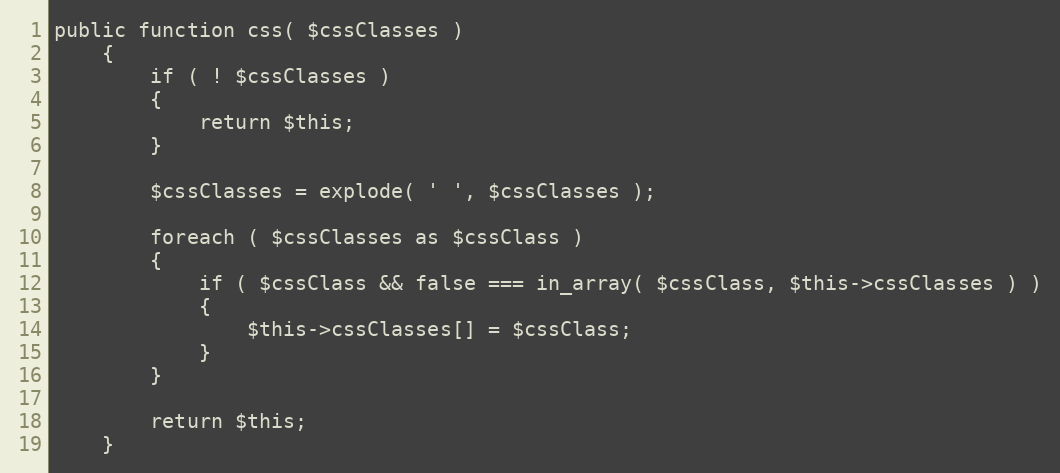
Language: PHP
public function css( $cssClasses )
    {
        if ( ! $cssClasses )
        {
            return $this;
        }

        $cssClasses = explode( ' ', $cssClasses );

        foreach ( $cssClasses as $cssClass )
        {
            if ( $cssClass && false === in_array( $cssClass, $this->cssClasses ) )
            {
                $this->cssClasses[] = $cssClass;
            }
        }

        return $this;
    }